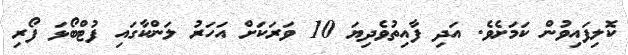
ކޮލިފައިވުން ކަމަށެވެ. އަދި ފާއިތުވެދިޔަ 10 ވަރަކަށް އަހަރު ލަންކާގައި ފުޓްބޯޅަ ފޯރި